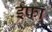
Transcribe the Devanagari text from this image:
ईफा